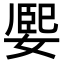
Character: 𡟮